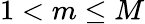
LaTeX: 1<m\leq M